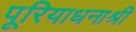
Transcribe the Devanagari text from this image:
पूरियाधनाश्री